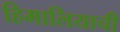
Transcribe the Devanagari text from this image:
हिमालियाची